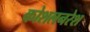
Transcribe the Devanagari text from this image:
कोशलनरेश